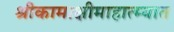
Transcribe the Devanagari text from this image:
श्रीकामाक्षीमाहात्म्यात